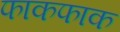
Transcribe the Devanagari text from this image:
फाकफाक